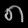
Digit: ၈